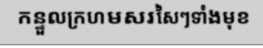
កន្ទួលក្រហមសរសៃៗទាំងមុខ